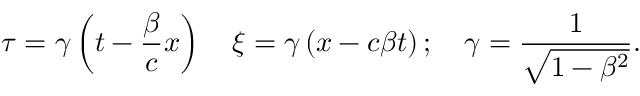
\tau = \gamma \left( t - \frac { \beta } { c } x \right) \quad \xi = \gamma \left( x - c \beta t \right) ; \quad \gamma = \frac { 1 } { \sqrt { 1 - \beta ^ { 2 } } } .